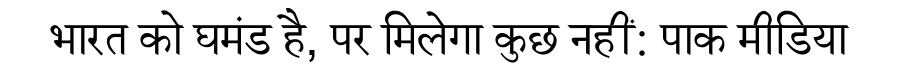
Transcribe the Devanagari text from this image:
भारत को घमंड है, पर मिलेगा कुछ नहीं: पाक मीडिया